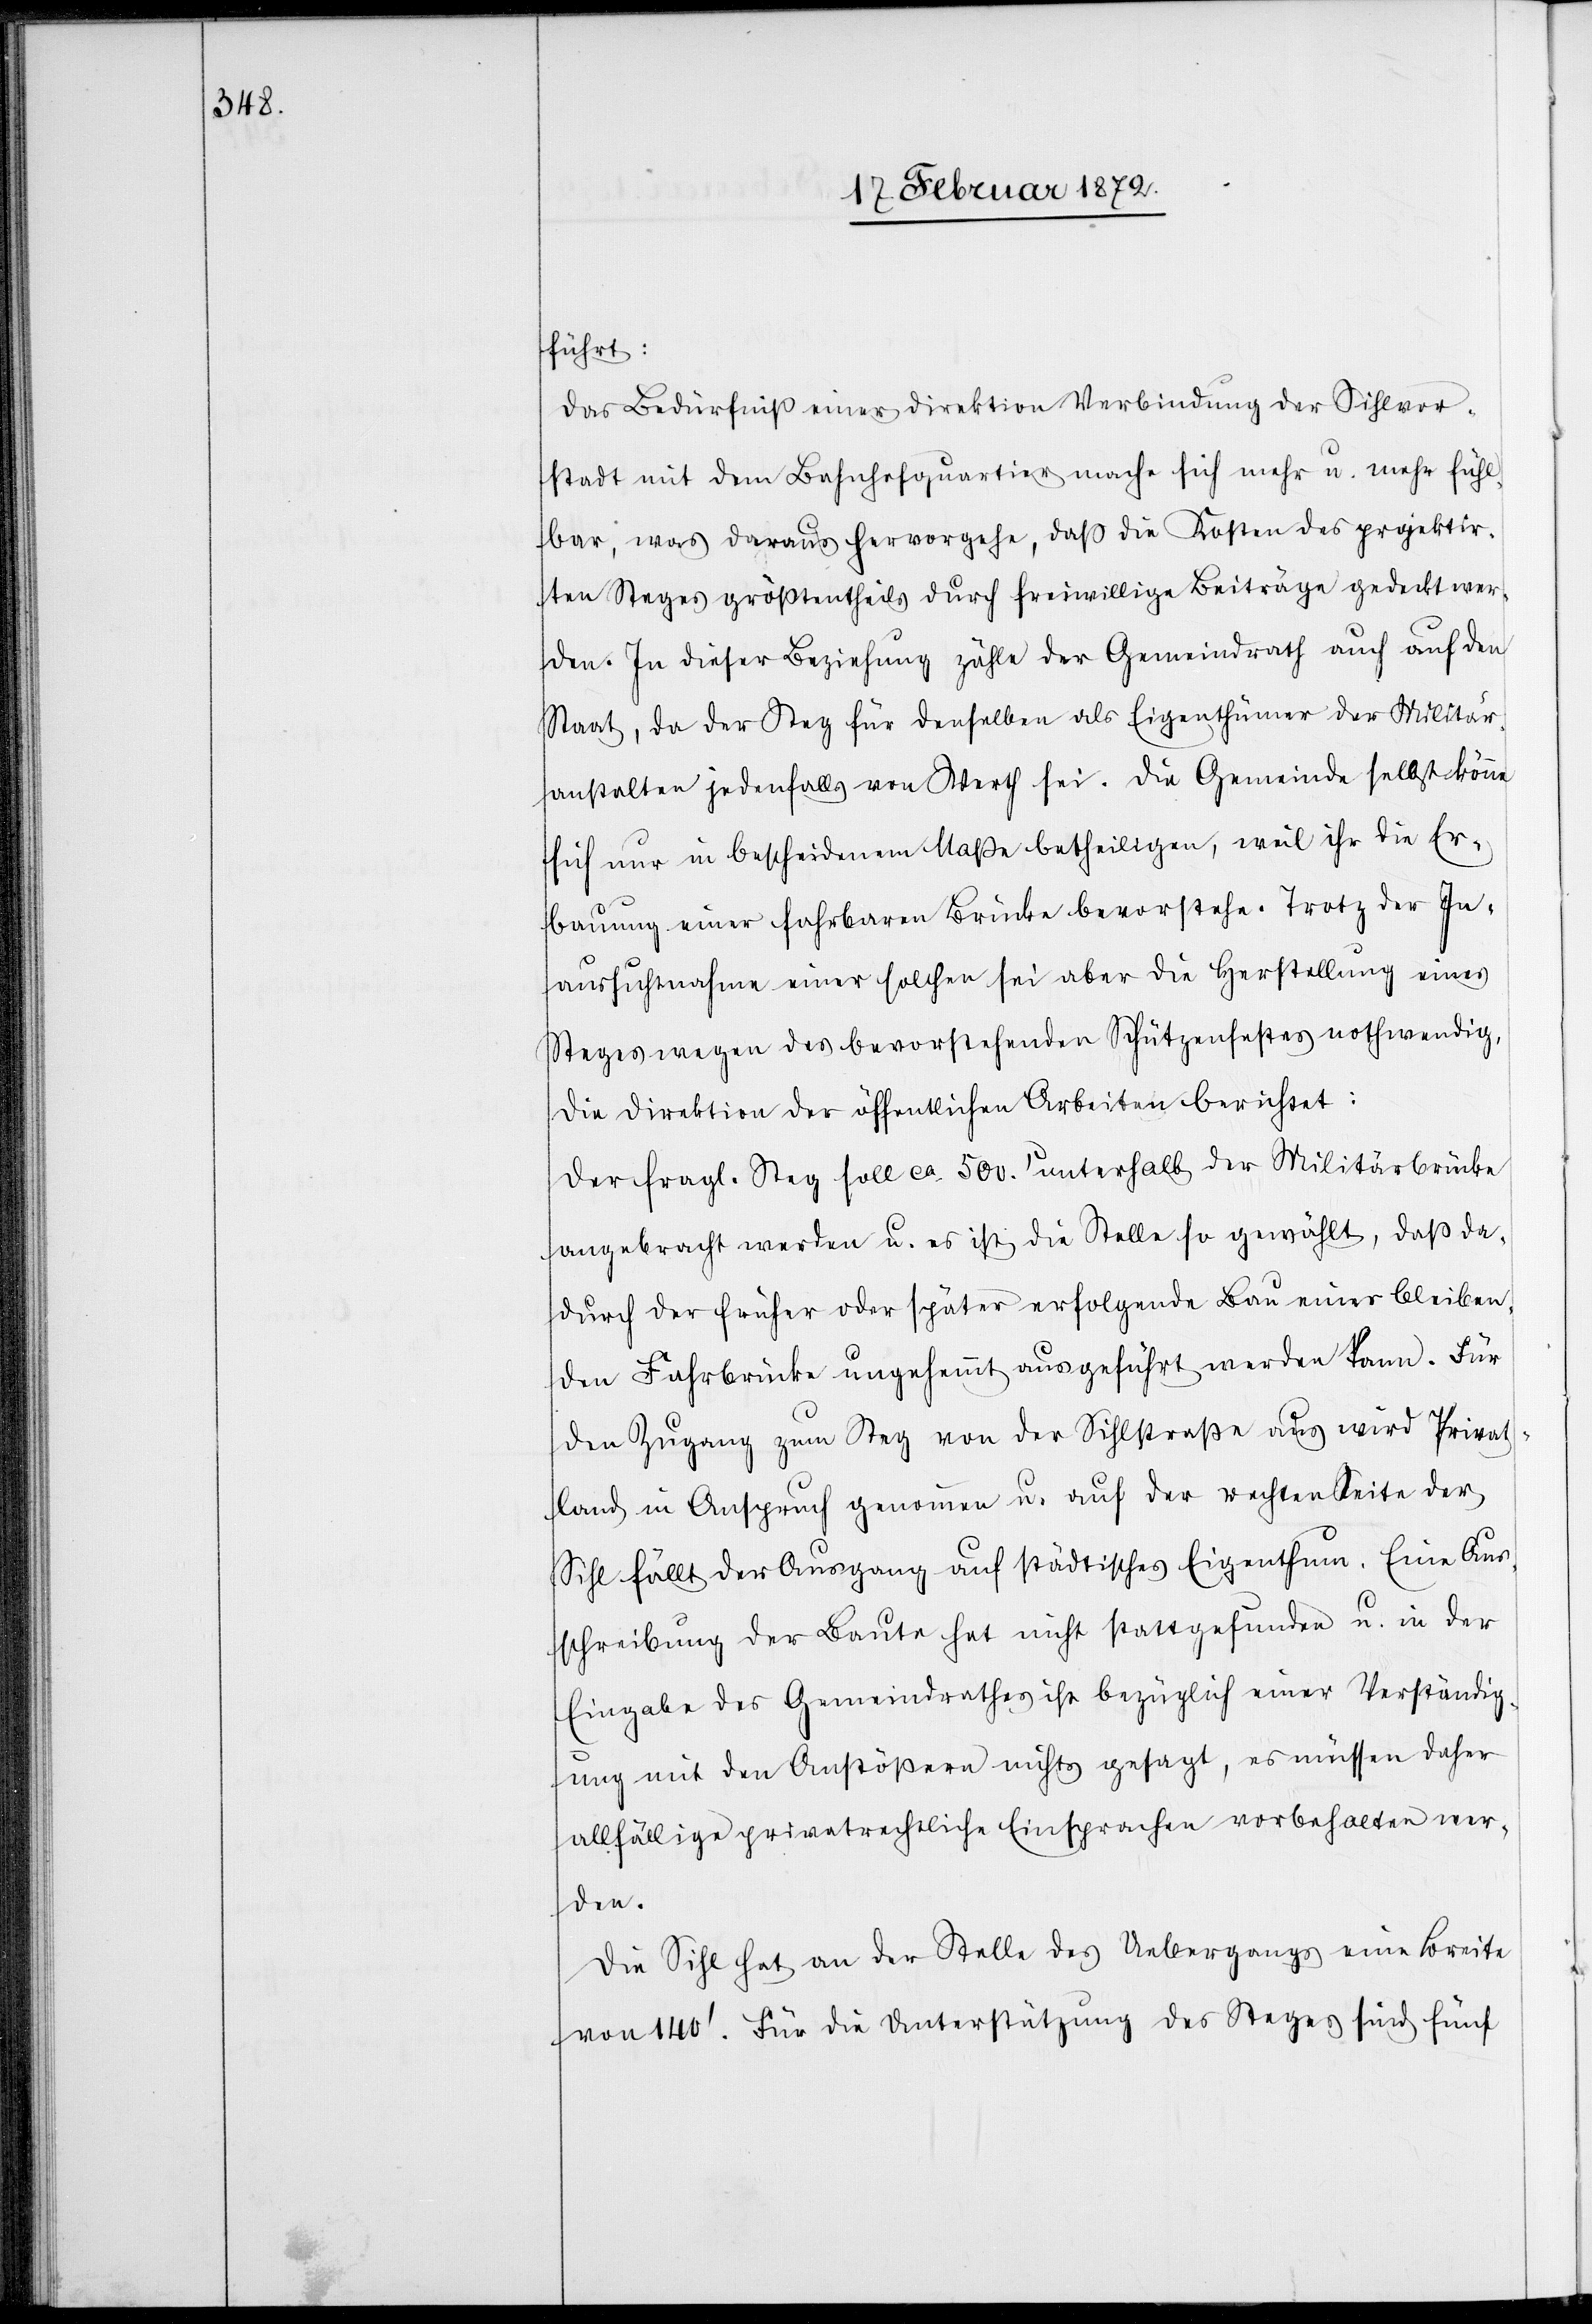
führt:
Das Bedürfniß einer Direktion [recte: direkten] Verbindung der Sihlvor¬
stadt mit dem Bahnhofquartier mache sich mehr u. mehr fühl¬
bar, was daraus hervorgehe, daß die Kosten des projektir¬
ten Steges größtentheils durch freiwillige Beiträge gedeckt wer¬
den. In dieser Beziehung zähle der Gemeindrath auch auf den
Staat, da der Steg für denselben als Eigenthümer der Militär¬
anstalten jedenfalls von Werth sei. Die Gemeinde selbst könne
sich nur in bescheidenem Maße betheiligen, weil ihr die Er¬
bauung einer fahrbaren Brücke bevorstehe. Trotz der In¬
aussichtnahme einer solchen sei aber die Herstellung eines
Steges wegen des bevorstehenden Schützenfestes nothwendig.
Die Direktion der öffentlichen Arbeiten berichtet:
Der fragl. Steg soll ca 500.’ unterhalb der Militärbrücke
angebracht werden u. es ist die Stelle so gewählt, daß da¬
durch der früher oder später erfolgende Bau einer bleiben¬
den Fahrbrücke ungehemmt ausgeführt werden kann. Für
den Zugang zum Steg von der Sihlstraß aus wird Privat¬
land in Anspruch genommen u. auf der rechten Seite der
Sihl fällt der Ausgang auf städtisches Eigenthum. Eine Aus¬
schreibung der Baute hat nicht stattgefunden u. in der
Eingabe des Gemeindrathes ist bezüglich einer Verständig¬
ung mit den Anstößern nichts gesagt, es müssen daher
allfällige privatrechtliche Einsprachen vorbehalten wer¬
den.
Die Sihl hat an der Stelle des Uebergangs eine Breite
von 140’. Für die Unterstützung des Steges sind fünf